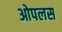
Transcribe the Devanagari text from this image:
ओपलस